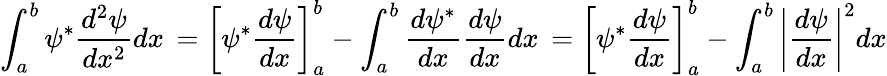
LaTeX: \int_{a}^{b}\psi^{*}{\frac{d^{2}\psi}{dx^{2}}}dx\, =\left[\psi^{*}{\frac{d\psi}{dx}}\right]_{a}^{b}-\int_{a}^{b}{\frac{d\psi^{*}}{dx}}{\frac{d\psi}{dx}}dx\, =\left[\psi^{*}{\frac{d\psi}{dx}}\right]_{a}^{b}-\int_{a}^{b}\left|{\frac{d\psi}{dx}}\right|^{2}dx